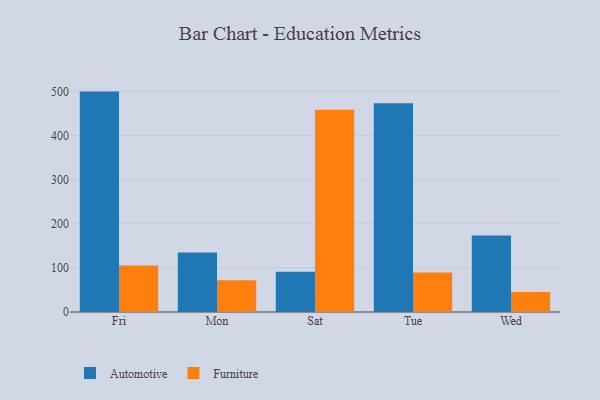
{"axis": {"x": "Day", "y": "Conversion Rate (%)"}, "legend": ["Automotive", "Furniture"], "data": [{"x": "Fri", "y": 499.5, "type": "Automotive"}, {"x": "Fri", "y": 105.6, "type": "Furniture"}, {"x": "Mon", "y": 134.9, "type": "Automotive"}, {"x": "Mon", "y": 71.8, "type": "Furniture"}, {"x": "Sat", "y": 91.4, "type": "Automotive"}, {"x": "Sat", "y": 458.4, "type": "Furniture"}, {"x": "Tue", "y": 473.1, "type": "Automotive"}, {"x": "Tue", "y": 89.5, "type": "Furniture"}, {"x": "Wed", "y": 173.1, "type": "Automotive"}, {"x": "Wed", "y": 45.2, "type": "Furniture"}]}